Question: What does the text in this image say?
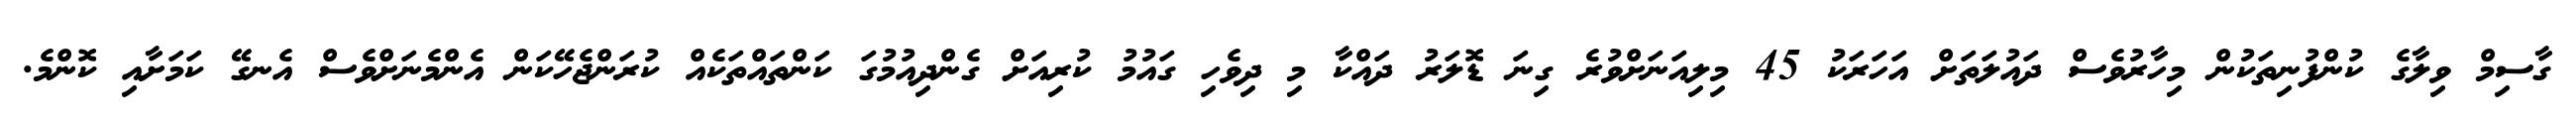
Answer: ގާސިމް ވިލާގެ ކުންފުނިތަކުން މިހާރުވެސް ދައުލަތަށް އަހަރަކު 45 މިލިއަނަށްވުރެ ގިނަ ޑޮލަރު ދައްކާ މި ދިވެހި ގައުމު ކުރިއަށް ގެންދިއުމުގަ ކަންތައްތަކެއް ކުރަންޖެހޭކަން އެންމެނަށްވެސް އެނގޭ ކަމަށާއި ކޮންމެ.